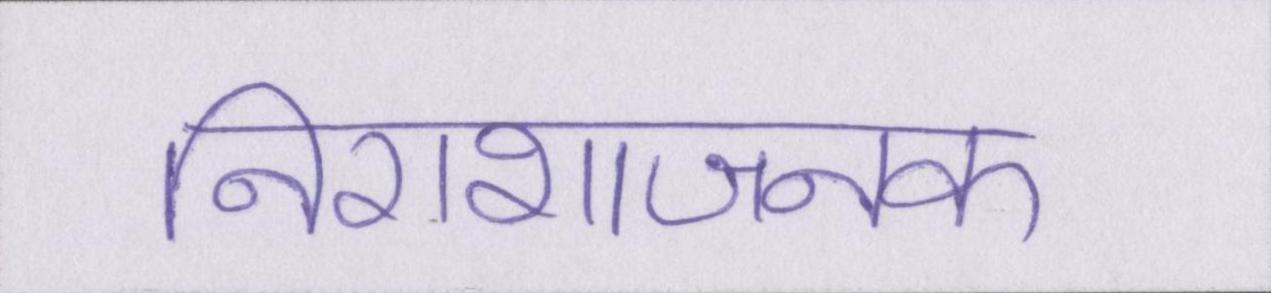
निराशाजनक